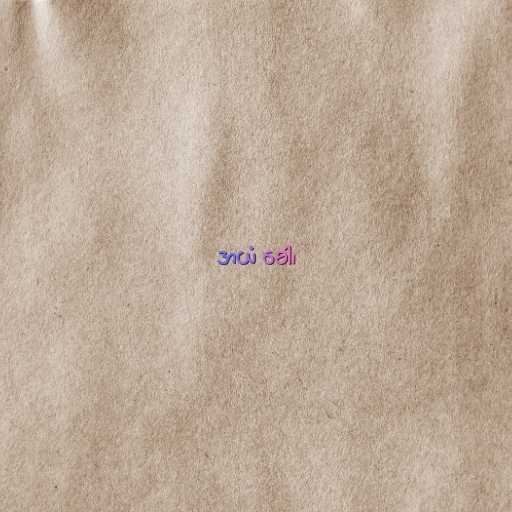
အယံ ခေါ၊